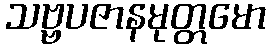
သဗ္ဗပဇာနမုတ္တမော